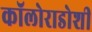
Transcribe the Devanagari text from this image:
कॉलोराडोशी